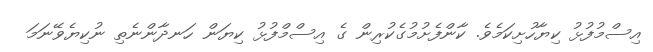
އިސްމުފުޅު ކިޔާހުށިކަމެވެ. ކާންފެށުމުގެކުރިން ގެ އިސްމްފުޅު ކިޔަން ހަނދާންނެތި ނުކިޔެވޭނަމަ